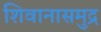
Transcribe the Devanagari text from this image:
शिवानासमुद्र